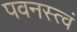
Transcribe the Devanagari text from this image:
पवनस्त्वं